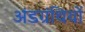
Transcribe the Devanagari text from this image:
अंडग्रंथियों